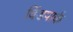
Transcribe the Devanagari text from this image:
विंडपार्क